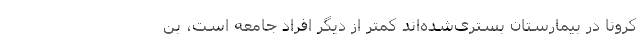
کرونا در بیمارستان بستری‌شده‌اند کمتر از دیگر افراد جامعه است، بن